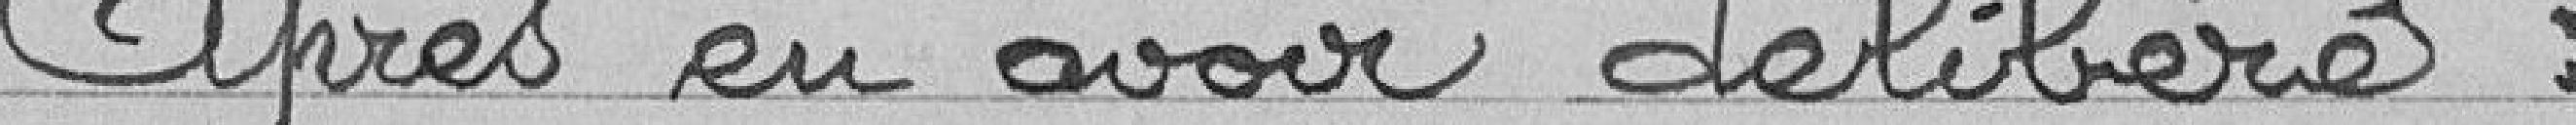
Après en avoir délibéré :